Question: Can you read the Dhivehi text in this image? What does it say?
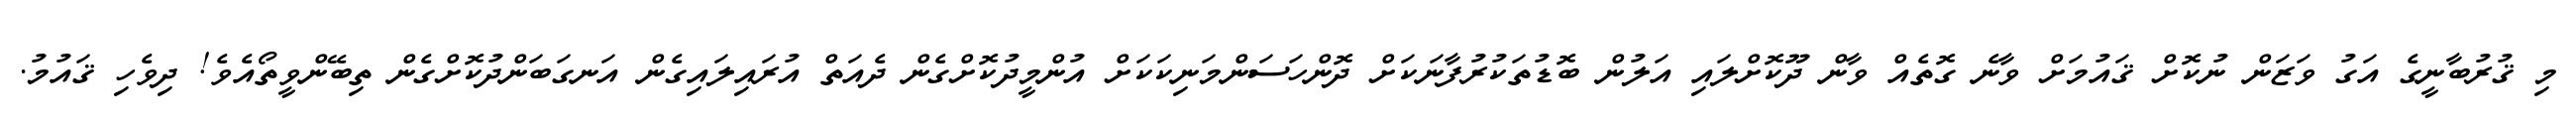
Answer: މި ޤުރުބާނީގެ އަގު ވަޒަން ނުކޮށް ޤައުމަށް ވާނެ ގޮތެއް ވާން ދޫކޮށްލައި އަލުން ބޮޑުތަކުރުފާނަކަށް ދޮންހަސަންމަނިކަކަށް އުންމީދުކޮށްގެން ދެއަތް އުރައިލައިގެން އަނގަބަންދުކޮށްގެން ތިބޭންވީތޯއެވެ! ދިވެހި ޤައުމު.